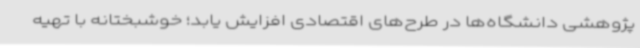
پژوهشی دانشگاه‌ها در طرح‌های اقتصادی افزایش یابد؛ خوشبختانه با تهیه